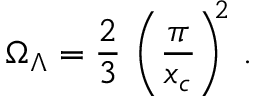
\Omega _ { \Lambda } = \frac { 2 } { 3 } \, \left( \frac { \pi } { x _ { c } } \right) ^ { \! \! 2 } \, .